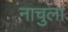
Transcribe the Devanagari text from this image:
नाचुला